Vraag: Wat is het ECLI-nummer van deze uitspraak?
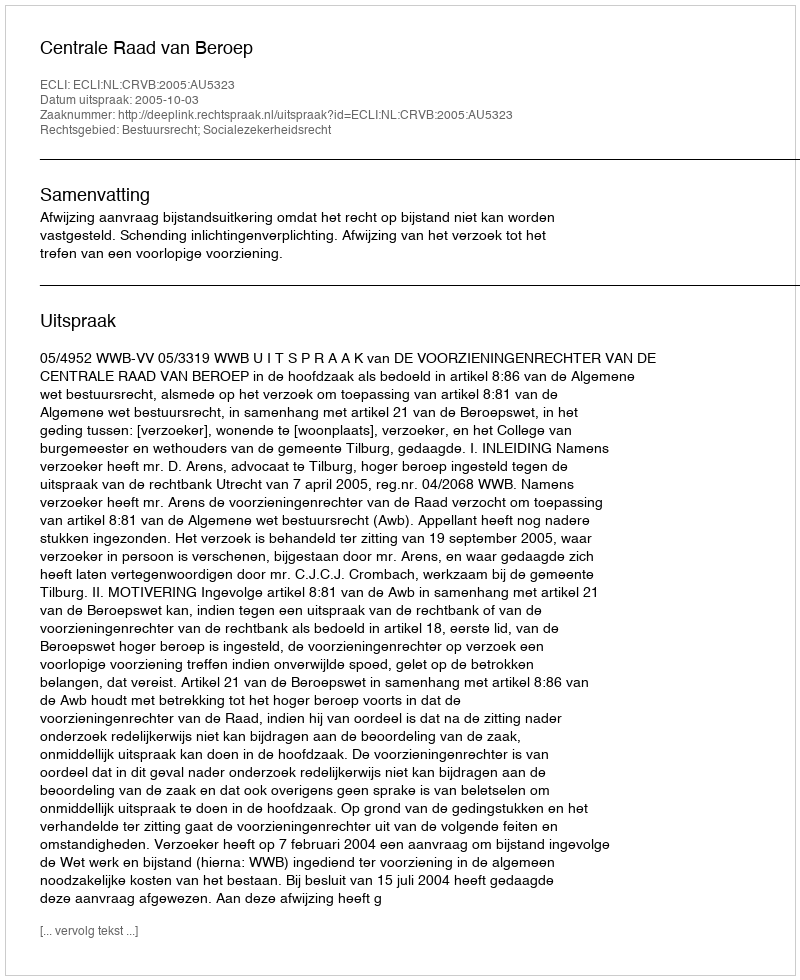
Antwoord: ECLI:NL:CRVB:2005:AU5323